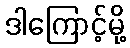
ဒါကြောင့်မို့